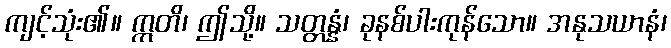
ကျင့်သုံး၏။ ဣတိ၊ ဤသို့။ သတ္တန္နံ၊ ခုနစ်ပါးကုန်သော။ အနုသယာနံ၊